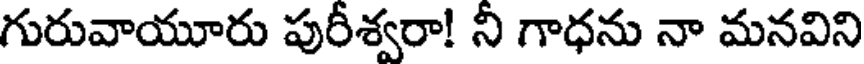
గురువాయూరు పురీశ్వరా! నీ గాధను నా మనవిని